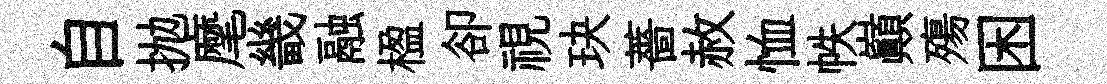
自抛麾畿融楹卻視玦薔赦恤帙巔殤困